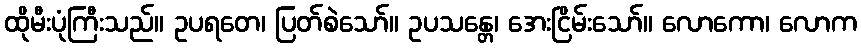
ထိုမီးပုံကြီးသည်။ ဥပရတေ၊ ပြတ်စဲသော်။ ဥပသန္တေ၊ အေးငြိမ်းသော်။ လောကော၊ လောက